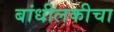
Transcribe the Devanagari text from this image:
बांधीलकीचा